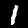
Digit: 1